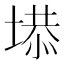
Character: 塨